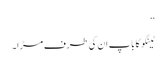
‘‘
ٹینگو کا باپ ان کی طرف مڑا۔